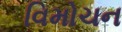
વિમોચન